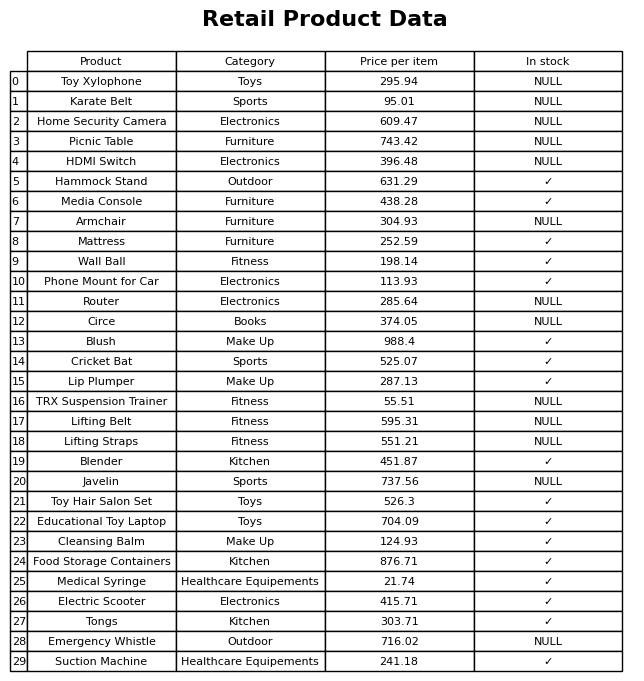
question: What is the price for Toy Xylophone?
answer: The price of Toy Xylophone is 295.94.